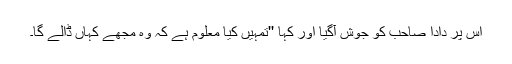
اس پر دادا صاحب کو جوش آگیا اور کہا ''تمہیں کیا معلوم ہے کہ وہ مجھے کہاں ڈالے گا۔